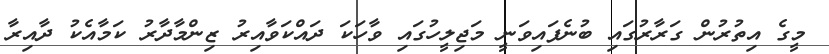
މީގެ އިތުރުން ގަރާރުގައި ބުނެފައިވަނީ މަޖިލީހުގައި ވާހަކަ ދައްކަވާއިރު ޒިންމާދާރު ކަމާއެކު ދާއިރާ